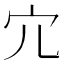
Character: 宂